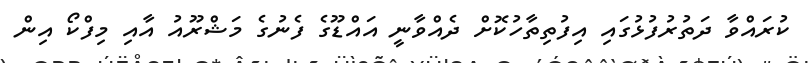
ކުރައްވާ ދަތުރުފުޅުގައި އިފުތިތާހުކޮށް ދެއްވާނީ އައްޑޫގެ ފެނުގެ މަޝްރޫއު އާއި މިފްކޯ އިން